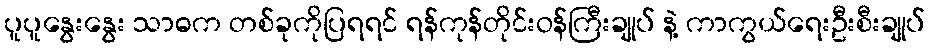
ပူပူနွေးနွေး သာဓက တစ်ခုကိုပြရရင် ရန်ကုန်တိုင်းဝန်ကြီးချုပ် နဲ့ ကာကွယ်ရေးဦးစီးချုပ်